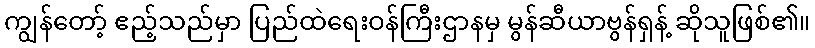
ကျွန်တော့် ဧည့်သည်မှာ ပြည်ထဲရေးဝန်ကြီးဌာနမှ မွန်ဆီယာဗွန်ရှန့် ဆိုသူဖြစ်၏။